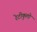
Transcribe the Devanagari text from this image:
रेटीकुलो